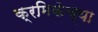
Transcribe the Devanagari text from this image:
क्रमिकेच्या